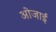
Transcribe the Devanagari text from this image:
ओजाई